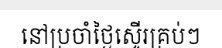
នៅប្រចាំថ្ងៃស្ទើរគ្រប់ៗ